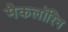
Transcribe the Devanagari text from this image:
मैकलॉरिन